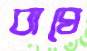
বাঘে